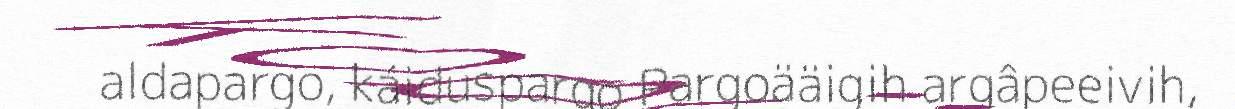
aldapargo, káiduspargo Pargoääigih argâpeeivih,